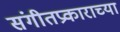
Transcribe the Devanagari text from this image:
संगीतप्रकाराच्या